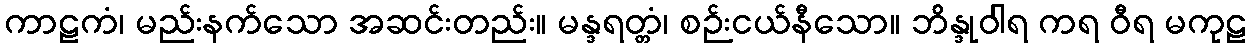
ကာဠကံ၊ မည်းနက်သော အဆင်းတည်း။ မန္ဒရတ္တံ၊ စဉ်းငယ်နီသော။ ဘိန္ဒုဝါရ ကရ ဝီရ မကုဠ